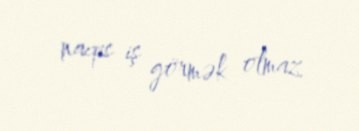
naqis iş görmək olmaz.